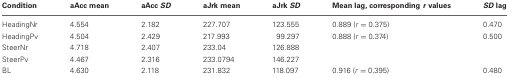
<table><thead><tr><td><b>Condition</b></td><td><b>aAcc mean</b></td><td><b>aAcc <i>SD</i></b></td><td><b>aJrk mean</b></td><td><b>aJrk <i>SD</i></b></td><td><b>Mean lag, corresponding <i>r</i> values</b></td><td><b><i>SD</i> lag</b></td></tr></thead><tbody><tr><td>HeadingNr</td><td>4.554</td><td>2.182</td><td>227.707</td><td>123.555</td><td>0.889 (<i>r</i> = 0.375)</td><td>0.470</td></tr><tr><td>HeadingPv</td><td>4.504</td><td>2.429</td><td>217.993</td><td>99.297</td><td>0.888 (<i>r</i> = 0.374)</td><td>0.500</td></tr><tr><td>SteerNr</td><td>4.718</td><td>2.407</td><td>233.04</td><td>126.888</td><td></td><td></td></tr><tr><td>SteerPv</td><td>4.467</td><td>2.316</td><td>233.0794</td><td>146.227</td><td></td><td></td></tr><tr><td>BL</td><td>4.630</td><td>2.118</td><td>231.832</td><td>118.097</td><td>0.916 (<i>r</i> = 0.395)</td><td>0.480</td></tr></tbody></table>